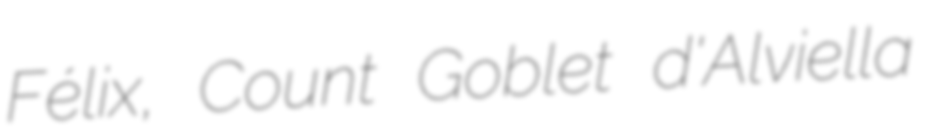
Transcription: Félix, Count Goblet d'Alviella